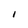
Character: I